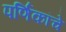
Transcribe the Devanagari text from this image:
पर्णिकांचे